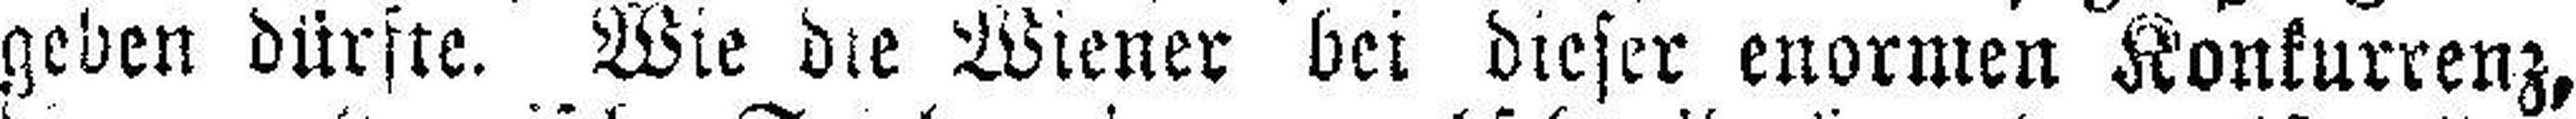
geben dürfte. Wie die Wiener bei dieser enormen Konkurrenz,